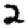
Digit: 2